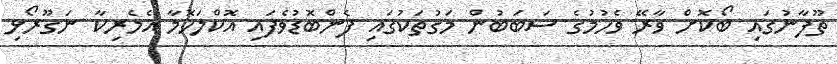
ތޫފާނުގައި ބޯކޮށް ވާރޭ ވެހުމުގެ ސަބަބުން މަގުތަކުގައި ފެންބޮޑުވެފައި އޮކްލަހޮމާ އެމެރިކާ ނަގޫރޯޅި